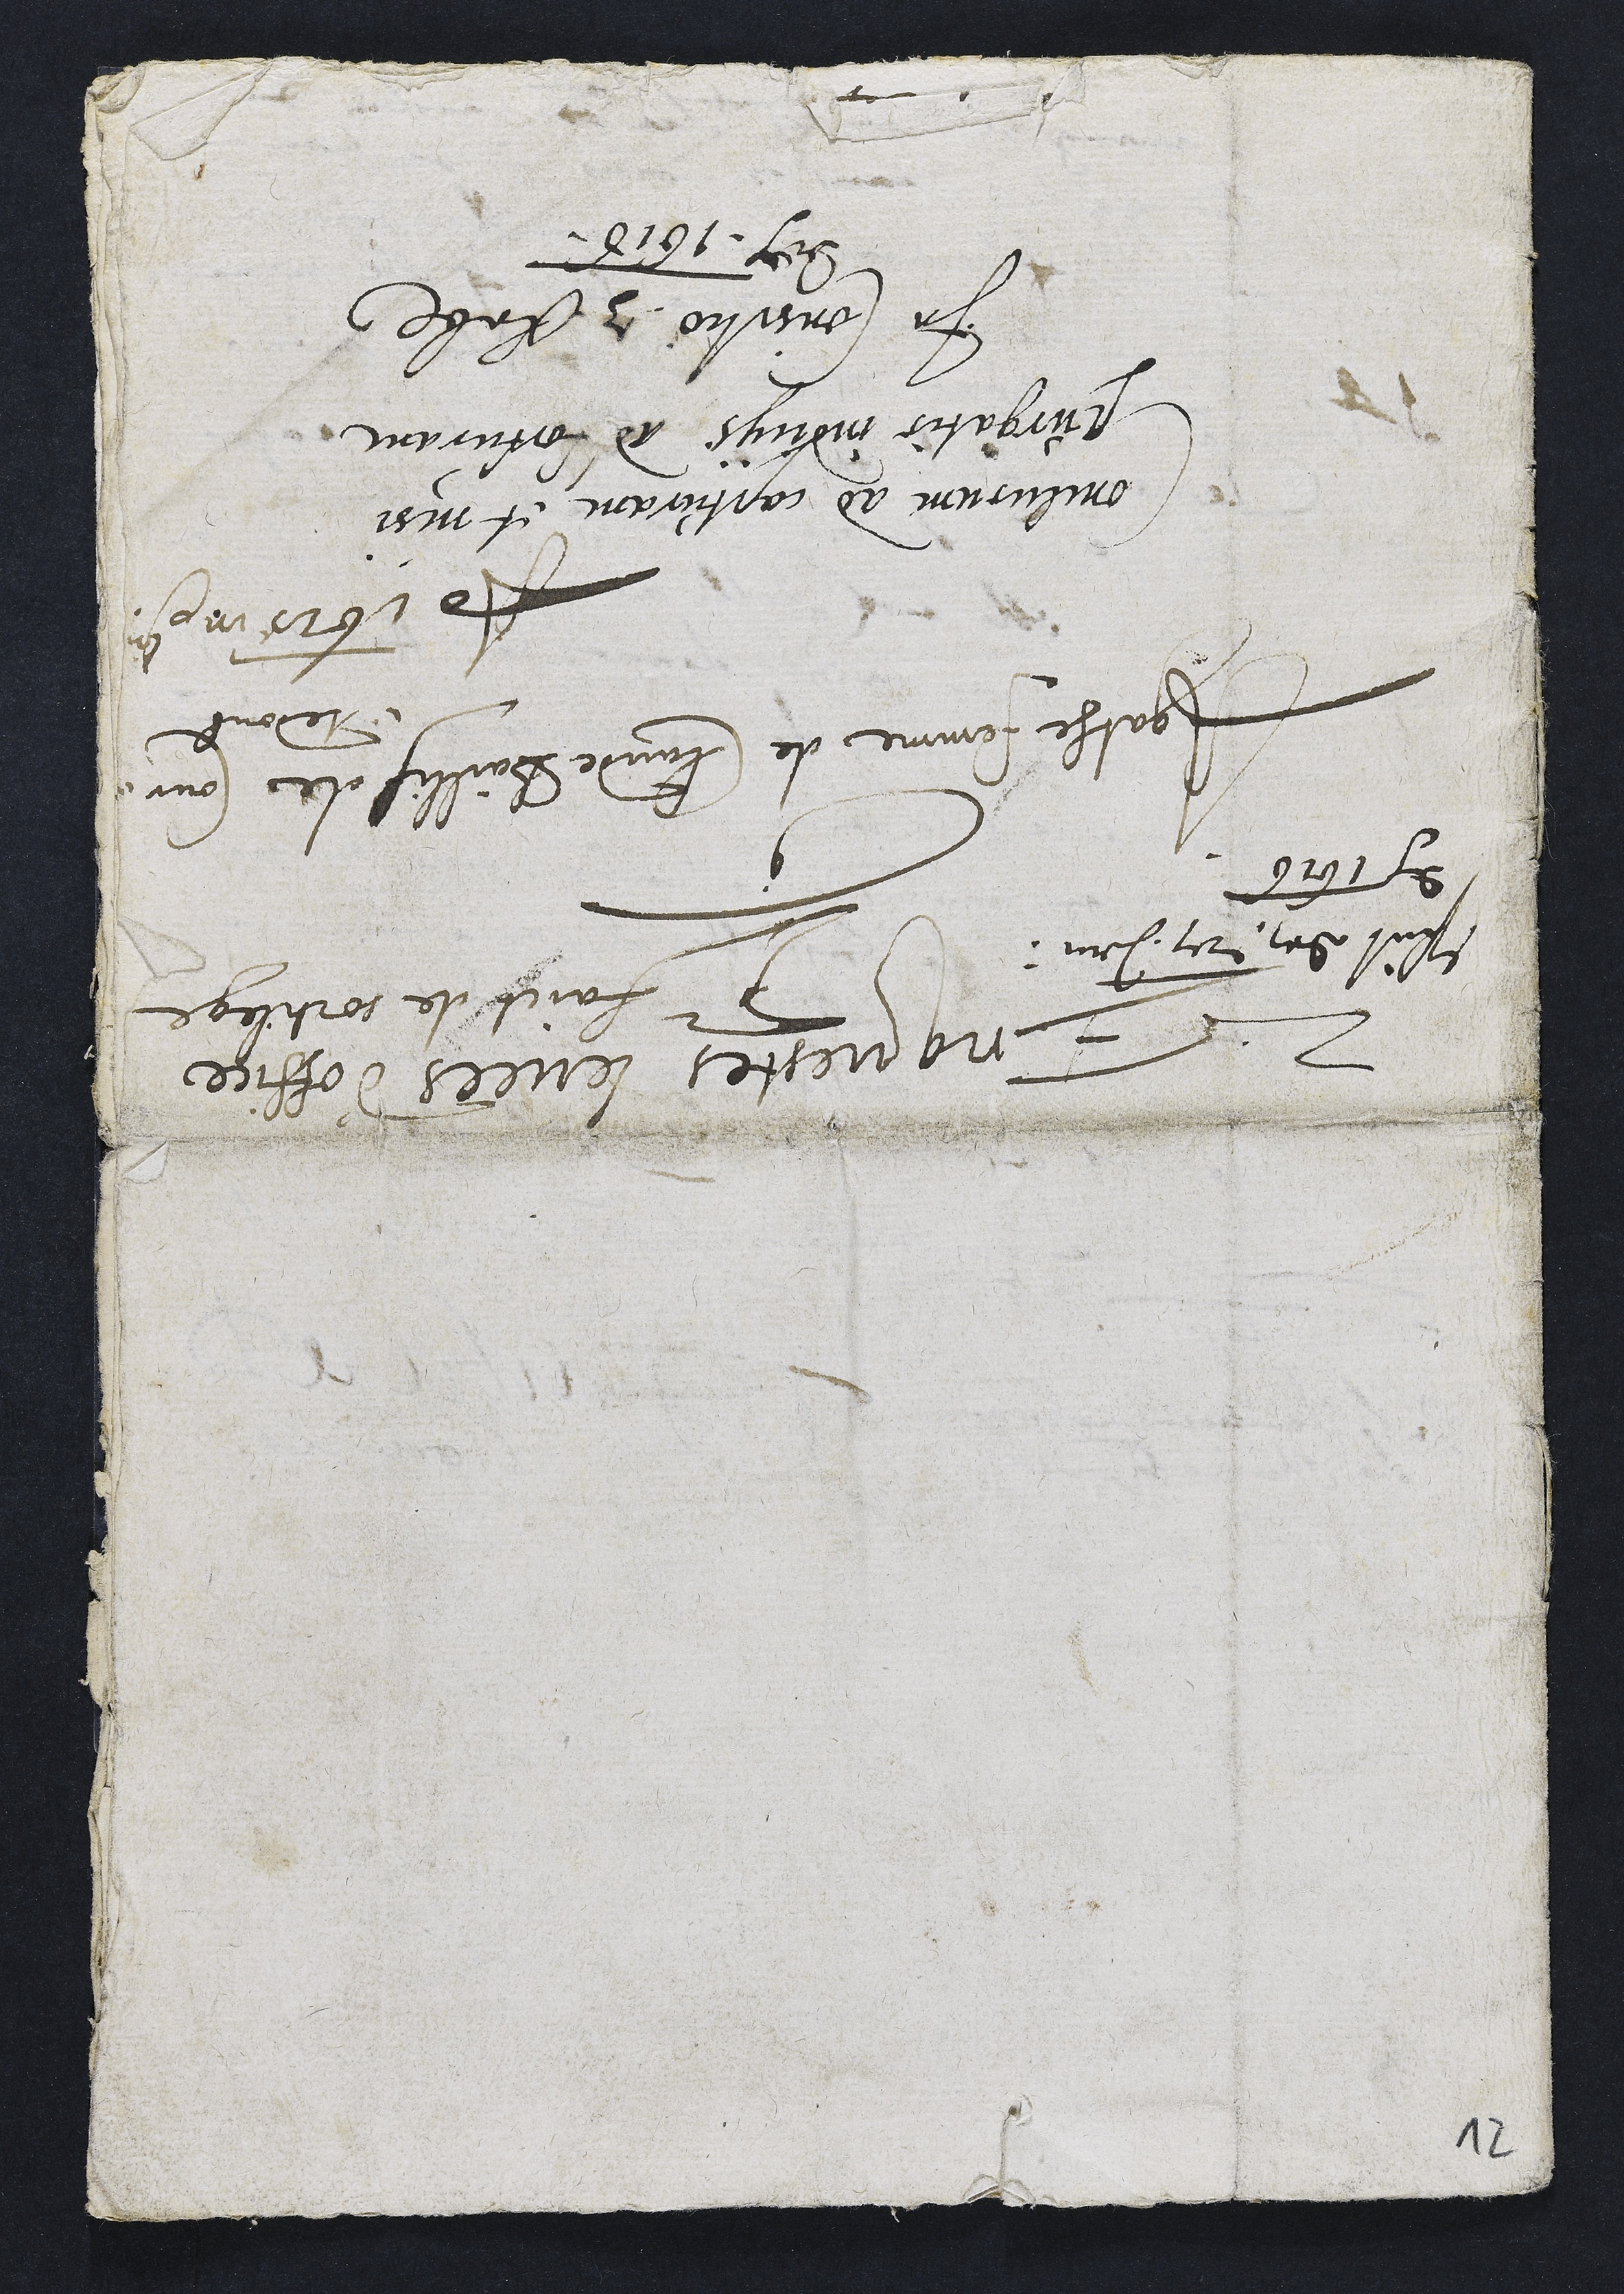
Enquestes levées d'office
faict de sortilege
Agathe femme de Claude Baillif de Cour
tedoul

Conclusum ad capturam et misi